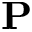
\mathbf { P }